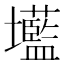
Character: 𭐌